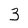
Character: 3